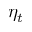
\eta _ { t }